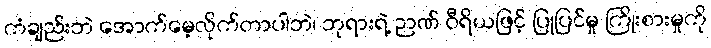
ကံချည်းဘဲ အောက်မေ့လိုက်တာပါဘဲ၊ ဘုရားရဲ့ ဉာဏ် ဝီရိယဖြင့် ပြုပြင်မှု ကြိုးစားမှုကို